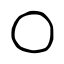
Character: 〇